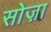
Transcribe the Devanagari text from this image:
सोज़ा